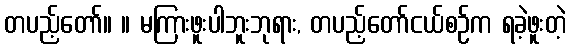
တပည့်တော်။ ။ မကြားဖူးပါဘူးဘုရား, တပည့်တော်ငယ်စဉ်က ရခဲ့ဖူးတဲ့